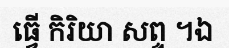
ធ្វើ កិរិយា សព្ទ ។ឯ